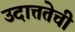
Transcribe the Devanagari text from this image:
उदात्ततेची